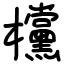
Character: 欓